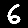
Digit: 6